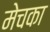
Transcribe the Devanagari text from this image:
मेचका